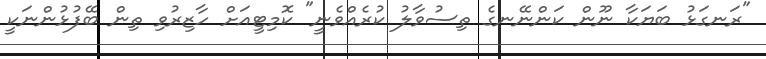
"ރަނގަޅު ބަޔަކާ ނޫން ކަންނޭނގެ ތިސުވާލު ކުރެއްވެނީ" ކޮމިޓީއަށް ހާޒިރުވި ތިން ބޭފުޅުންނަކީ